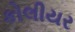
કોલીયર